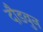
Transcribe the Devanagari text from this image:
दौडवुन